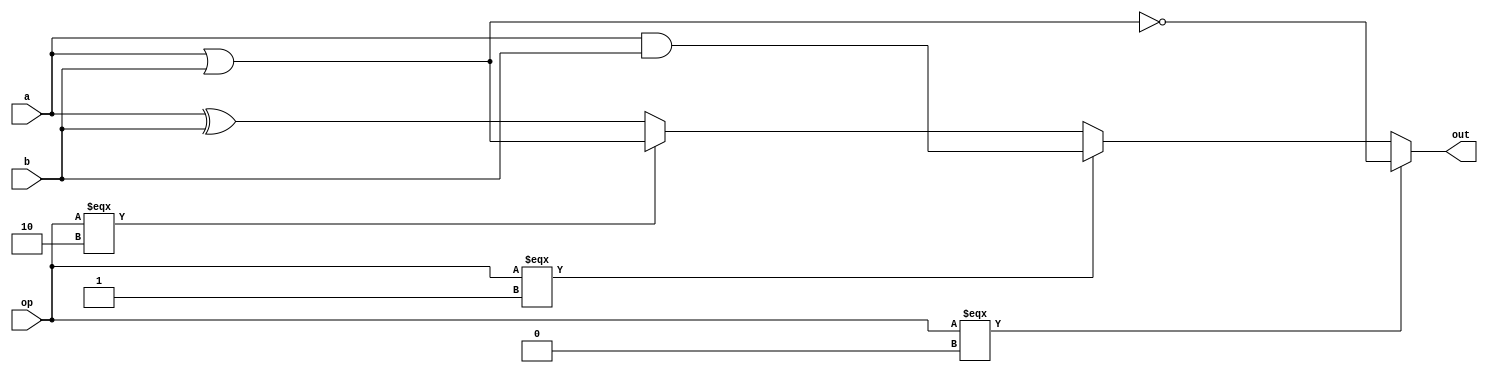
`timescale 1ns / 1ps
//////////////////////////////////////////////////////////////////////////////////
// Mehdi Mortazavian
//////////////////////////////////////////////////////////////////////////////////
module logica_unit(
	input [31:0]a,
	input [31:0]b,
	input [1:0]op,
	output [31:0]out
    );
	
	assign out = op === 2'b00 ? ~(a | b): //nor
					 op === 2'b01 ? a & b:	  //and
					 op === 2'b10 ? a | b:    //or
					 a ^ b;						  //xor
	
	



endmodule